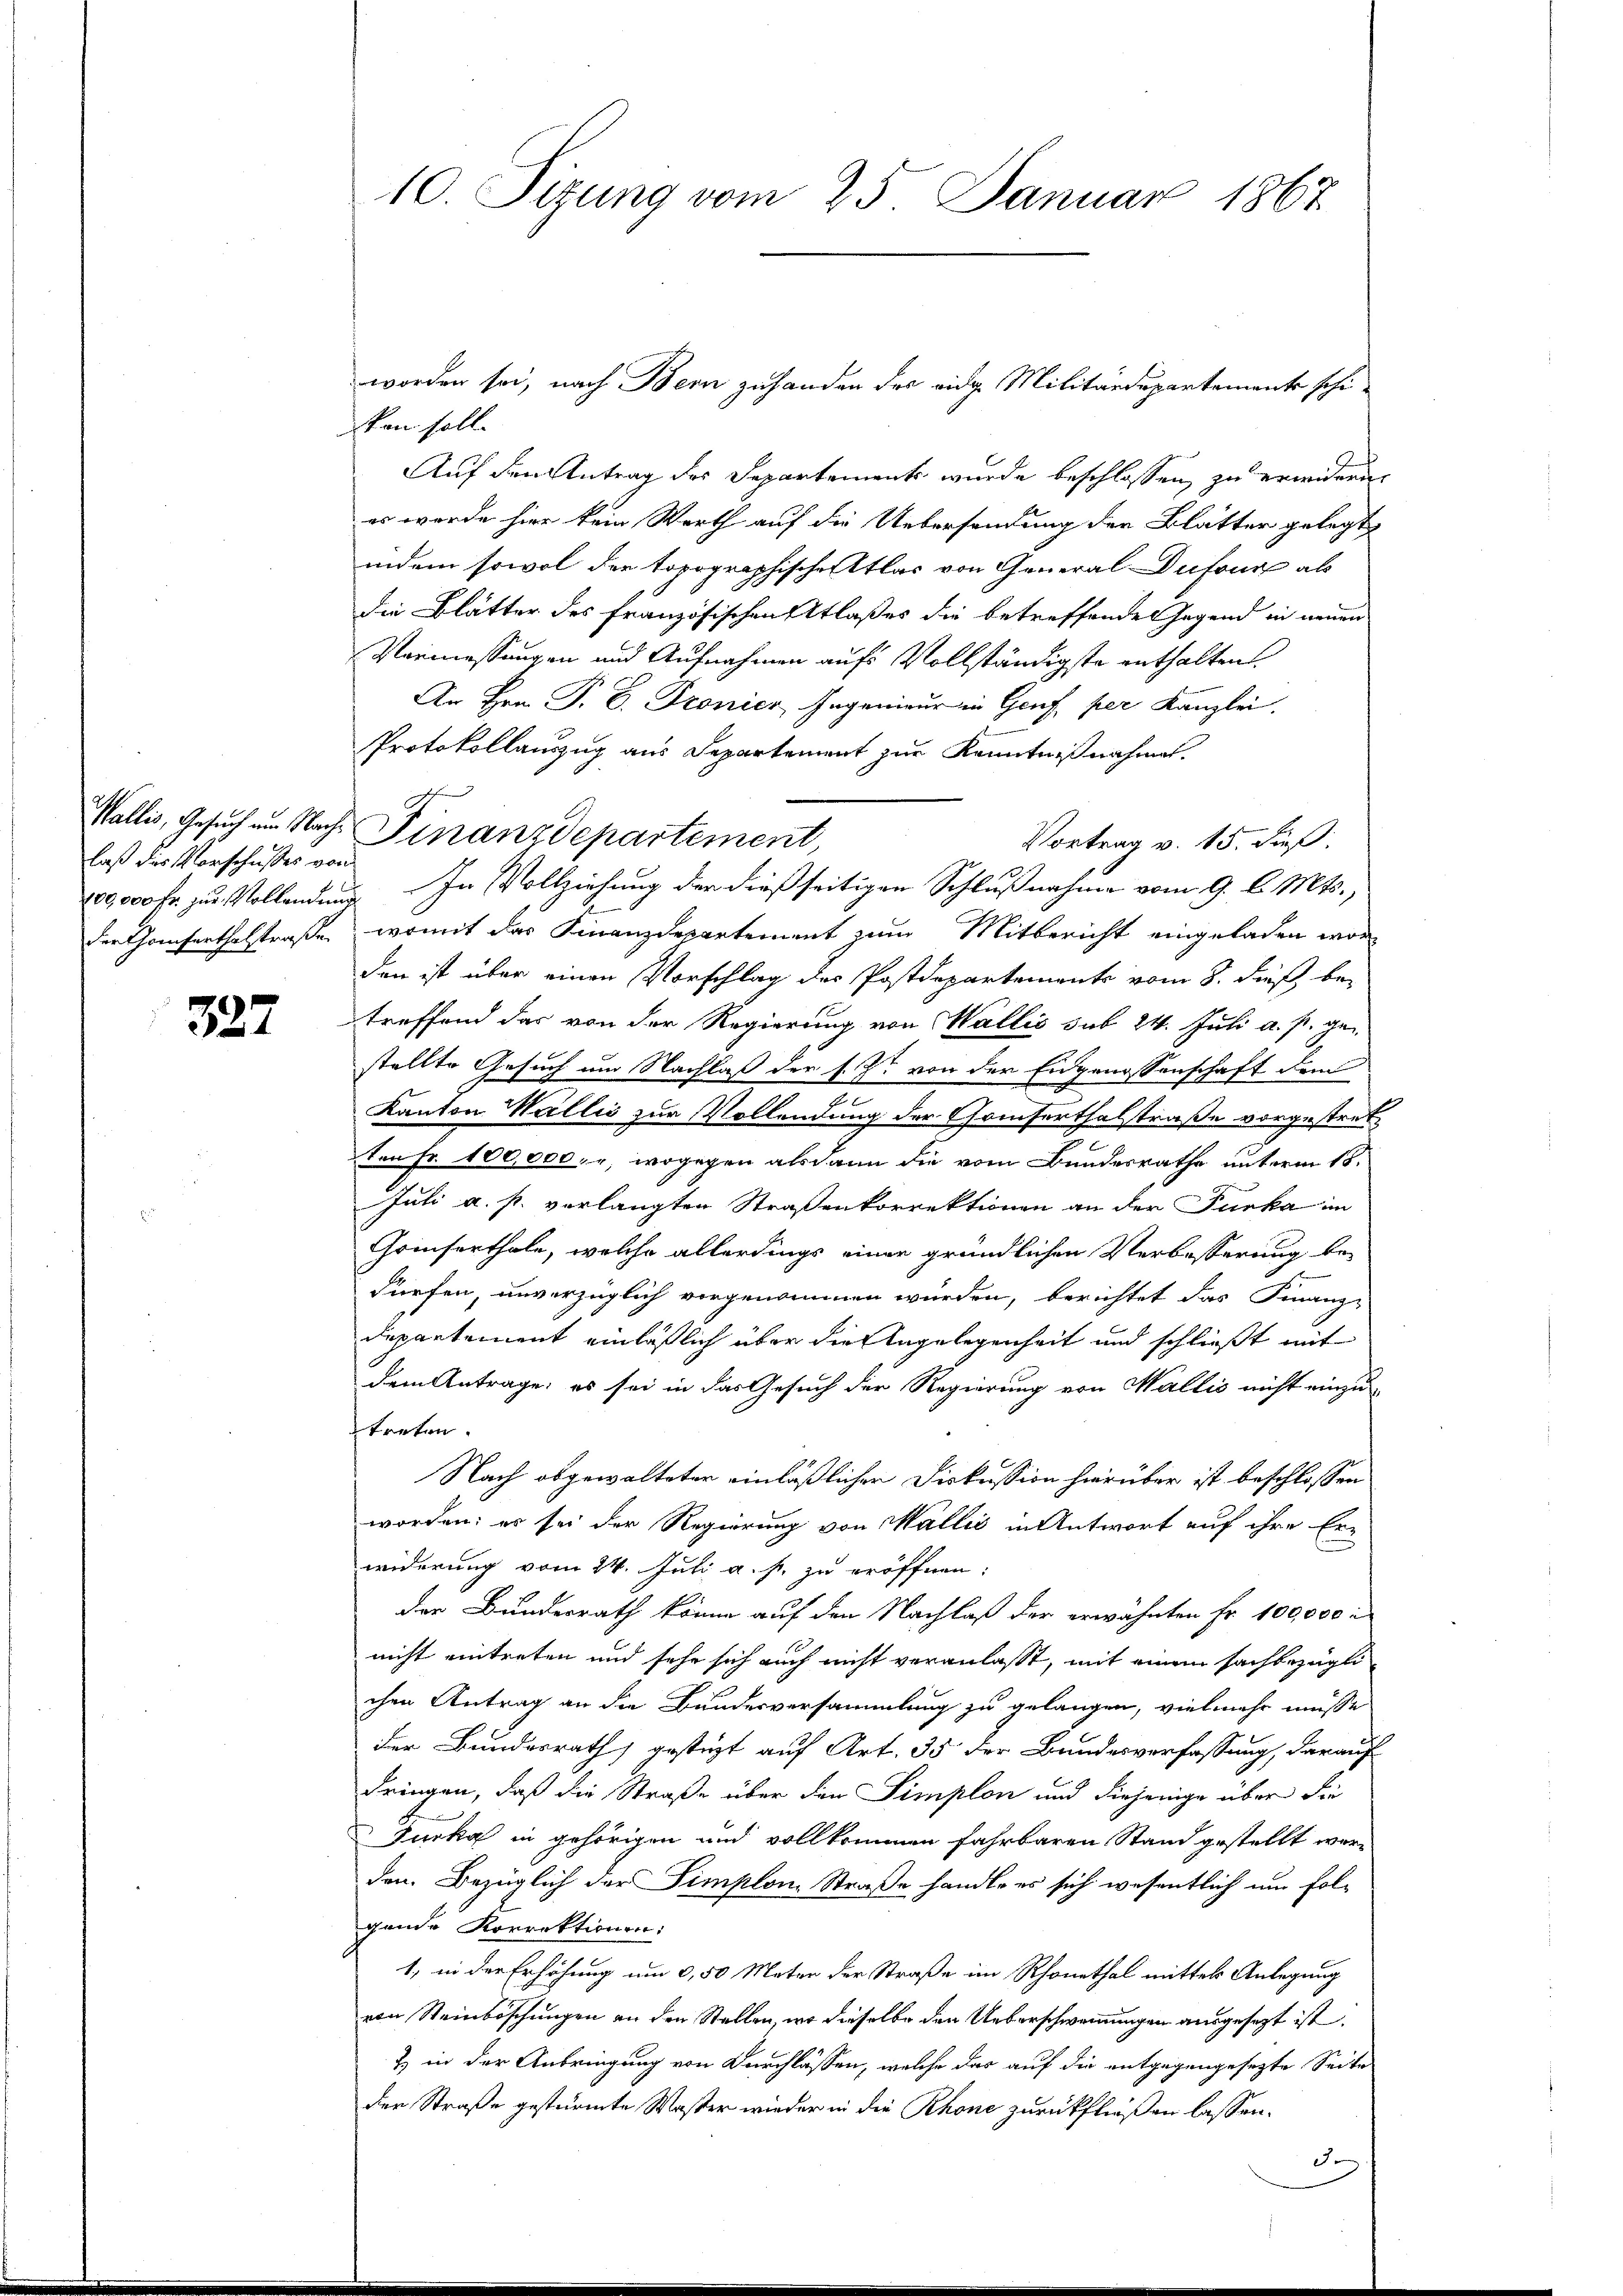
laß dies Vorschusses von
der Gresenthalstraßen

327

10. Sizung vom 25. Januar 1867

worden sei, nach Bern zuhanden des eidg. Militärdepartemente schikan soll.
Auf den Antrag des Separtements wurde beschlossen, zu erwideren
es werde hier kein Werth auf die Uebersendung der Blätter gelegt,
indem sowol der topographischen klar von General Dufour ab
die Blätter des französischen Atlaßes die betreffende Gegend in neuen
Vormessungen und Aufnahmen aufs Vollständigste enthalten.
An Hrn. P. D. Pronicz Ingenieur in Genf, per Kanzlei,
Vortrag v. 15. dieß.
100,000 Fr. zur Vollendung. In Vollziehung der dießseitigen Schlußnahme vom 9. d. Mts.,
womit das Finanzdepartement zum Mitbericht eingeladen worden ist über einen Vorschlag des Postdepartements vom 8. dieß, betreffend das von der Regierung von Wallis sub 24. Juli a. p. ge-
stellte Gesuch um Nachlaß der s. Z. von der Eidgenossenschaft dem
Kanton Wallić zur Vollendung der Gomserthalstraße vorgestretten Fr. 100,000. r, wogegen alsdann die vom Bundesrathe unterm 18.
Juli a. p. vorlangten Straßenkorrektionen an der Furka im
Grinserthale, welche allerdings einer gründlichen Verbesserung be-
dürfen, unverzüglich vorgenommen würden, berichtet das Finanz-
Departement einläßlich über die Angelegenheit und schließt mit
dem Antrage, es sei in das Gesuch der Regierung von Wallis nicht einzutreten.
Nach obgewalteter einläßlicher Diskussion hierüber ist beschlossen
worden; es sei der Regierung von Wallis in Antwort auf ihre Er-
widerung vom 24. Juli a. s. zu eröffnen:
der Bunderrath könne auf den Nachlaß der erwähnten Fr. 100,000.
nicht eintreten und sehr sich auch nicht veranlaßt, mit einem sachbezügli
chen Antrag an die Bundesversammlung zu gelangen, vielmehr müsse
der Bundesrath gestüzt auf Art. 35 der Bundesverfassung, darauf
dringen, daß die Straße über den Simplon und diejenige über die
Furka in gehörigen und vollkommen fahrbaren Stand gestellt werden. Bezüglich der Simplon. Straße handle es sich wesentlich um folgende Korrektionen:
1, in der Erhöhung um 0,50 Meter der Straße im Rhonethal mittels Anlegung
von Steinböschungen an den Stellen, wo dieselbe den Ueberschwemmungen ausgesezt ist.
) in der Anbringung von Durchlassen, welche das auf die entgegengesezte Seite
der Straße gestürmte Waster wieder in die Rhone zurückfließen lassen.
F

Protokollauszug aus Departement zur Kenntnißnahmen.
Wallis, Gesuch um Nach Finanzdepartement,